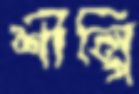
শীল্পি